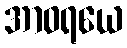
အာဝရယေ